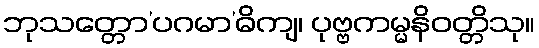
ဘုသတ္တော’ပဂမာ’ဓိကျ၊ ပုဗ္ဗကမ္မနိဝတ္တိသု။